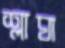
শ্লাঘা